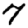
Digit: 7